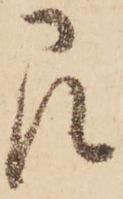
即